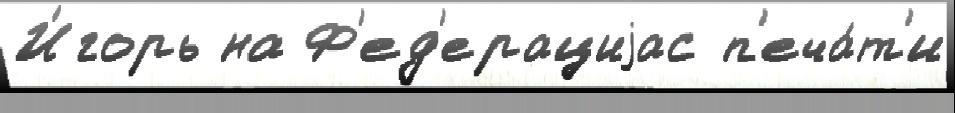
И́горь на Ф'ед'ерациjас п'еча́т'и